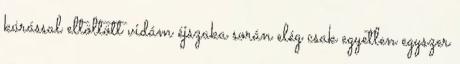
kúrással eltöltött vidám éjszaka során elég csak egyetlen egyszer